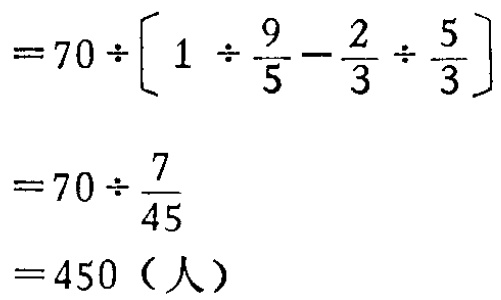
\[

\begin{align*}

&=70\div\left[1\div\frac{9}{5}-\frac{2}{3}\div\frac{5}{3}\right]\\

&=70\div\frac{7}{45}\\

&=450（人）

\end{align*}

\]